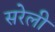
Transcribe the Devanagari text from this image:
सरेली